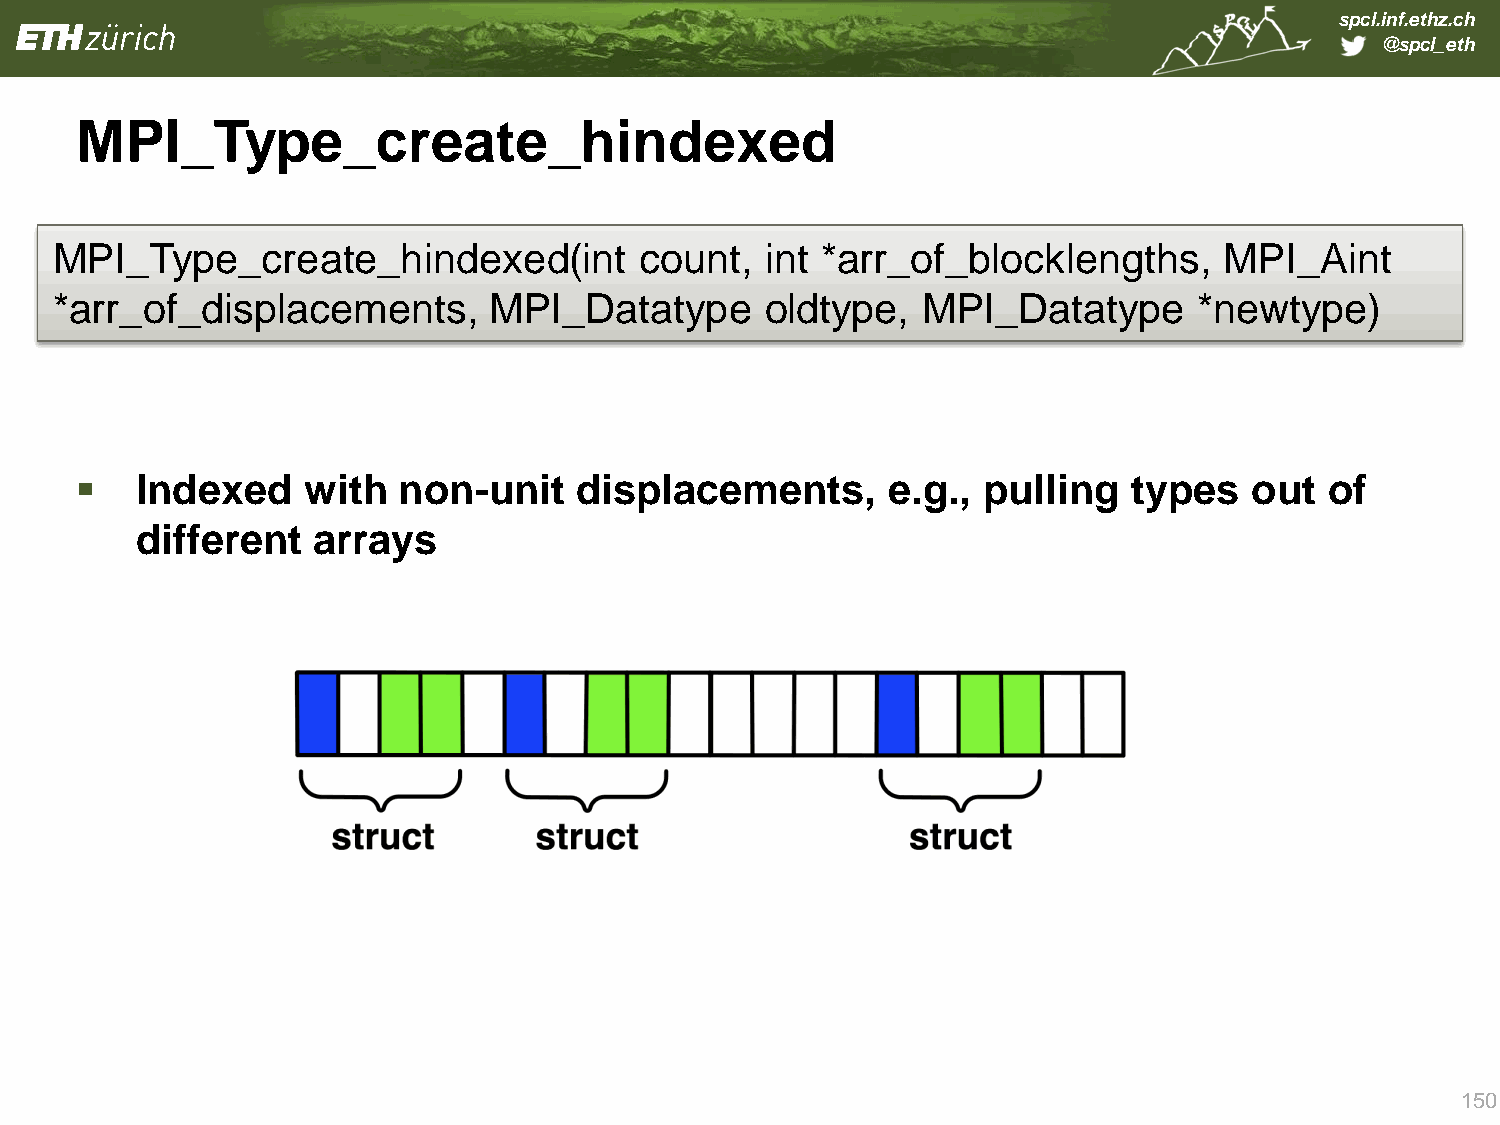
spcl.inf.ethz.ch
 @spcl_eth
 MPI_Type_create_hindexed
 MPI_Type_create_hindexed(int           count,   int *arr_of_blocklengths,     MPI_Aint
 *arr_ of_displacements,      MPI_Datatype       oldtype,  MPI_Datatype      *newtype)
    Indexed    with  non-unit    displacements,       e.g., pulling   types   out  of
 different   arrays
 150